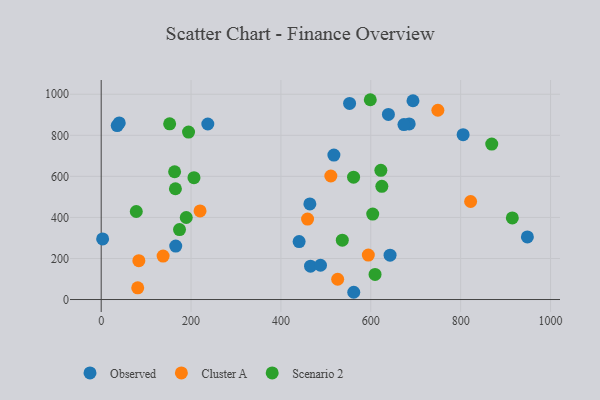
{"axis": {"x": "Speed", "y": "Salary"}, "legend": ["Cluster A", "Observed", "Scenario 2"], "data": [{"x": "465.9", "y": 162.4, "type": "Observed"}, {"x": "948.5", "y": 305.1, "type": "Observed"}, {"x": "517.9", "y": 703.8, "type": "Observed"}, {"x": "237.3", "y": 855.0, "type": "Observed"}, {"x": "562.1", "y": 35.3, "type": "Observed"}, {"x": "440.5", "y": 282.4, "type": "Observed"}, {"x": "464.4", "y": 465.8, "type": "Observed"}, {"x": "639.2", "y": 901.5, "type": "Observed"}, {"x": "693.9", "y": 968.4, "type": "Observed"}, {"x": "165.9", "y": 260.3, "type": "Observed"}, {"x": "685.5", "y": 855.5, "type": "Observed"}, {"x": "642.9", "y": 216.2, "type": "Observed"}, {"x": "673.8", "y": 852.2, "type": "Observed"}, {"x": "805.5", "y": 802.8, "type": "Observed"}, {"x": "35.7", "y": 847.5, "type": "Observed"}, {"x": "552.8", "y": 955.3, "type": "Observed"}, {"x": "488.1", "y": 166.9, "type": "Observed"}, {"x": "3.2", "y": 295.0, "type": "Observed"}, {"x": "40.2", "y": 860.3, "type": "Observed"}, {"x": "83.8", "y": 189.1, "type": "Cluster A"}, {"x": "459.3", "y": 391.9, "type": "Cluster A"}, {"x": "822.2", "y": 477.6, "type": "Cluster A"}, {"x": "749.3", "y": 922.1, "type": "Cluster A"}, {"x": "137.8", "y": 211.7, "type": "Cluster A"}, {"x": "81.3", "y": 56.8, "type": "Cluster A"}, {"x": "220.0", "y": 431.8, "type": "Cluster A"}, {"x": "526.3", "y": 98.8, "type": "Cluster A"}, {"x": "511.1", "y": 601.8, "type": "Cluster A"}, {"x": "594.5", "y": 216.4, "type": "Cluster A"}, {"x": "915.0", "y": 397.3, "type": "Scenario 2"}, {"x": "163.4", "y": 622.4, "type": "Scenario 2"}, {"x": "206.5", "y": 593.4, "type": "Scenario 2"}, {"x": "194.4", "y": 815.8, "type": "Scenario 2"}, {"x": "869.2", "y": 757.2, "type": "Scenario 2"}, {"x": "174.3", "y": 340.6, "type": "Scenario 2"}, {"x": "561.7", "y": 595.9, "type": "Scenario 2"}, {"x": "622.4", "y": 629.2, "type": "Scenario 2"}, {"x": "78.1", "y": 428.8, "type": "Scenario 2"}, {"x": "604.3", "y": 416.1, "type": "Scenario 2"}, {"x": "165.2", "y": 539.6, "type": "Scenario 2"}, {"x": "598.9", "y": 973.3, "type": "Scenario 2"}, {"x": "189.3", "y": 399.5, "type": "Scenario 2"}, {"x": "152.4", "y": 855.7, "type": "Scenario 2"}, {"x": "624.6", "y": 551.4, "type": "Scenario 2"}, {"x": "536.6", "y": 289.1, "type": "Scenario 2"}, {"x": "609.5", "y": 122.2, "type": "Scenario 2"}]}